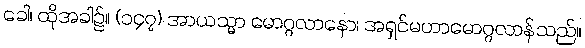
ခေါ၊ ထိုအခါ၌။ (၁၄၇) အာယသ္မာ မောဂ္ဂလာနော၊ အရှင်မဟာမောဂ္ဂလာန်သည်။